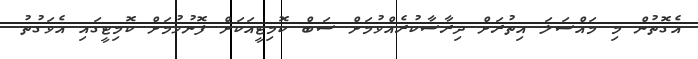
އެގޮތުން މި މައްސަލަ އިތުރަށް ދިރާސާކުރެއްވުމަށް ސަބް ކޮމިޓީއަކަށް ފޮނުވުމަށް ކޮމިޓީގައި އެވަގުތު